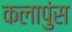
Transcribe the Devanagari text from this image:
कलापुंस